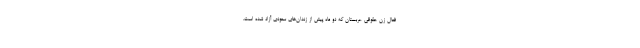
فعال زن حقوقی عربستان که دو ماه پیش از زندان‌های سعودی آزاد شده است.